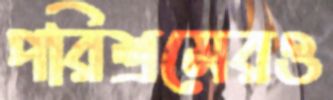
পরিশ্রমেরও